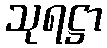
သုရဋ္ဌာ